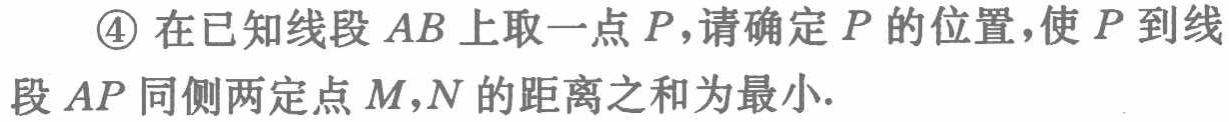
\textcircled{4}在已知线段\(AB\)上取一点\(P\)，请确定\(P\)的位置，使\(P\)到线段\(AP\)同侧两定点\(M\)，\(N\)的距离之和为最小.